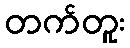
တက်တူး